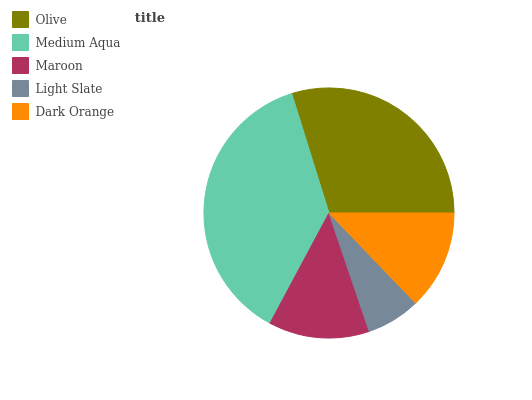
| Olive | Medium Aqua | Maroon | Light Slate | Dark Orange |
 | --- | --- | --- | --- | --- |
 | 29.8% | 37.4% | 13% | 6.99% | 12.8% |